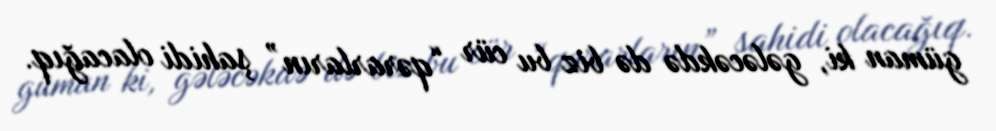
güman ki, gələcəkdə də biz bu cür “qərarların” şahidi olacağıq.